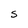
Character: S